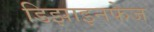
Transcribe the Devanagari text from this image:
डिझाइनफेज